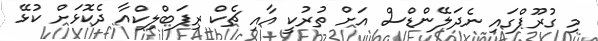
މި ގުރޫޕްގައި ނެދަލޭންޑްސް އަށް ތުރުކީ އާއި ޗެކް ރިޕަބްލިކްއާ ދެކޮޅަށް ކުޅޭ